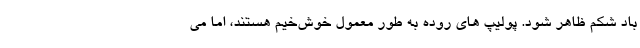
باد شکم ظاهر شود. پولیپ های روده به طور معمول خوش‌خیم هستند، اما می